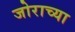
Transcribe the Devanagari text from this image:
जोराच्या